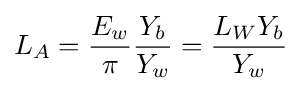
L_{A}={\frac {E_{w}}{\pi }}{\frac {Y_{b}}{Y_{w}}}={\frac {L_{W}Y_{b}}{Y_{w}}}